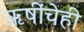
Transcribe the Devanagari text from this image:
ऋषींचेही